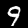
Digit: 9